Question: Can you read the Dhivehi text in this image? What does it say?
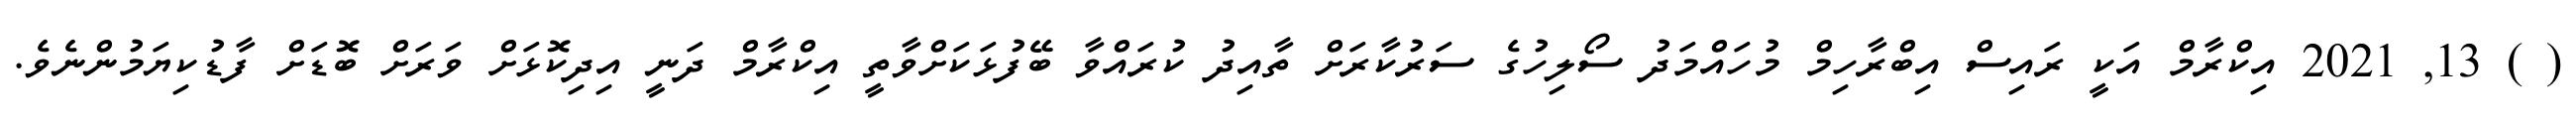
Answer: ( ) 13, 2021 އިކްރާމް އަކީ ރައިސް އިބްރާހިމް މުހައްމަދު ސޯލިހުގެ ސަރުކާރަށް ތާއިދު ކުރައްވާ ބޭފުޅަކަށްވާތީ އިކްރާމް ދަނީ އިދިކޮޅަށް ވަރަށް ބޮޑަށް ފާޑުކިޔަމުންނެވެ.